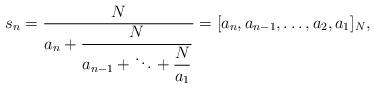
LaTeX: \begin{align*}s_n = \frac{N}{\displaystyle a_n+\frac{N}{\displaystyle a_{n-1}+\ddots+ \frac{N}{a_1}}} = [a_n, a_{n-1}, \ldots, a_2, a_1]_N, \end{align*}